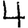
Digit: 4